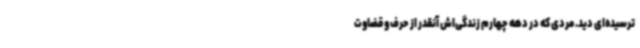
ترسیده‌ای دید. مردی که در دهه چهارم زندگی‌اش آنقدر از حرف و قضاوت